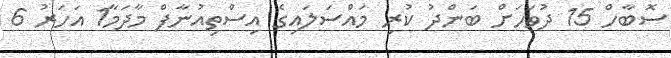
ސޮބާހް 15 ދުވަހަށް ބަންދު ކުރި މައްސަލައިގެ އިސްތިއުނާފް މާދަމާ1 އަހަރު 6